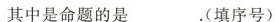
其中是命题的是 .(填序号)